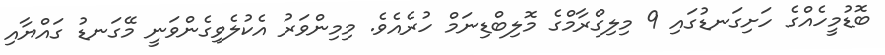
ބޮޑުމީހެއްގެ ހަށިގަނޑުގައި 9 މިލިގްރާމްގެ މޮލިބްޑިނަމް ހުރެއެވެ. މިމިންވަރު އެކުލެވިގެންވަނީ މޭގަނޑު ގައްޔާއި